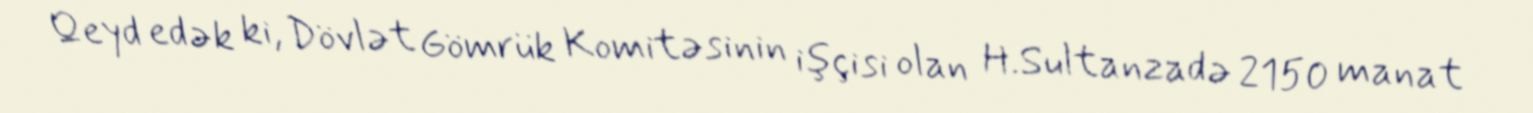
Qeyd edək ki, Dövlət Gömrük Komitəsinin işçisi olan H.Sultanzadə 2150 manat